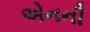
એનની